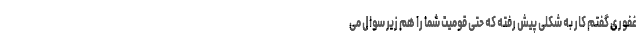
غفوری گفتم کار به شکلی پیش رفته که حتی قومیت شما را هم زیر سوال می